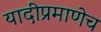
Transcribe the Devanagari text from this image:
यादीप्रमाणेच